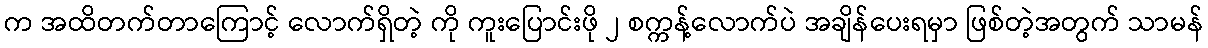
က အထိတက်တာကြောင့် လောက်ရှိတဲ့ ကို ကူးပြောင်းဖို ၂ စက္ကန့်လောက်ပဲ အချိန်ပေးရမှာ ဖြစ်တဲ့အတွက် သာမန်